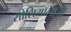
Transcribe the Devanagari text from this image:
सोशियॉलॉजी